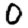
Digit: 0